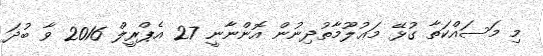
މި މަސައްކަތާ ގުޅޭ މަޢުލޫމާތުދިނުން އޮންނާނީ 27 އެޕްރީލް 2016 ވާ ބުދަ